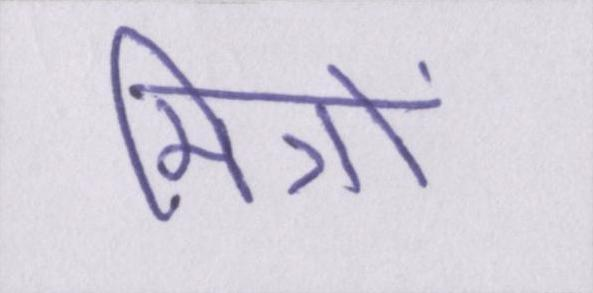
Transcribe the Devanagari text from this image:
मित्रों